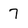
Character: 7